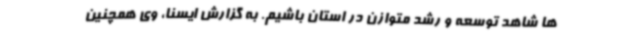
ها شاهد توسعه و رشد متوازن در استان باشیم. به گزارش ایسنا، وی همچنین